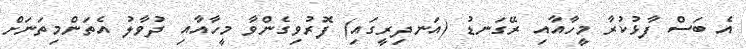
އެ ބަސް ފާޅުކުރާ މީހާއާއި ރޭގަނޑު (އަނދިރީގައި) ފޮރުވިގެންވާ މީހާއާއި ދުވާލު އެތަންމިތަނަށް